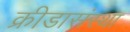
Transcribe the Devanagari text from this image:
क्रीडासंस्था